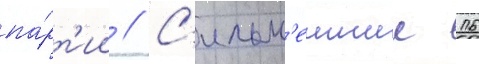
па́рт'ии // С'ильн'еишие 16